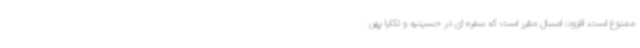
ممنوع است، افزود: امسال مقرر است که سفره ای در حسینیه و تکایا پهن